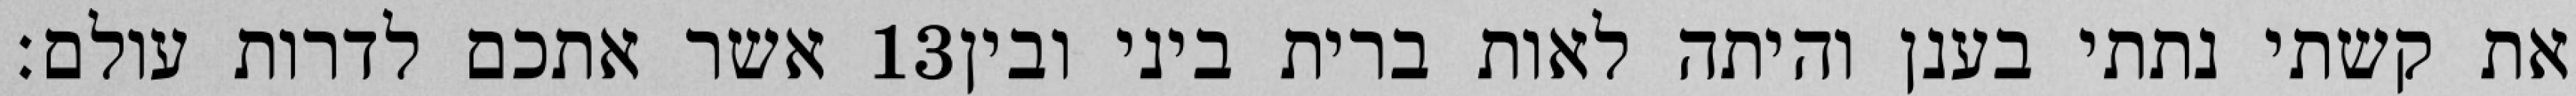
אשר אתכם לדרות עולם׃ ‎13‏ את קשתי נתתי בענן והיתה לאות ברית ביני ובין